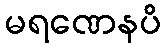
မရဏေနပိ